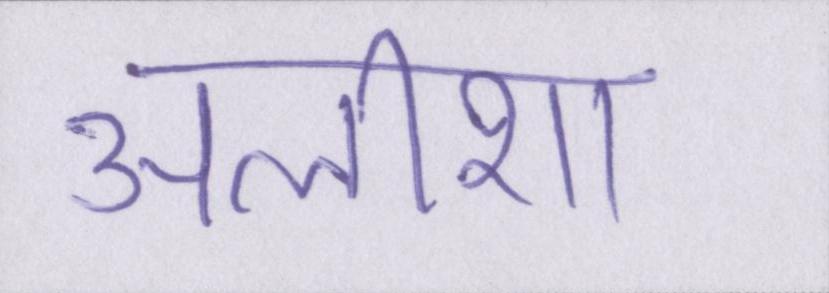
अलीशा